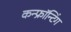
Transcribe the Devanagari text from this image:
कन्फ्रॉन्टिंग